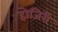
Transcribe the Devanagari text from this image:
होजिरी